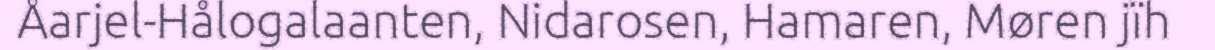
Åarjel-Hålogalaanten, Nidarosen, Hamaren, Møren jïh